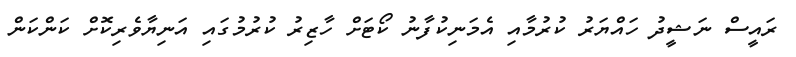
ރައީސް ނަޝީދު ހައްޔަރު ކުރުމާއި އެމަނިކުފާނު ކޯޓަށް ހާޒިރު ކުރުމުގައި އަނިޔާވެރިކޮށް ކަންކަން